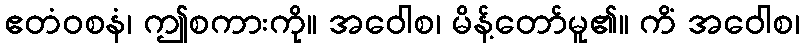
ဧတံဝစနံ၊ ဤစကားကို။ အဝေါစ၊ မိန့်တော်မူ၏။ ကိံ အဝေါစ၊